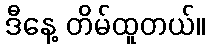
ဒီနေ့ တိမ်ထူတယ်။